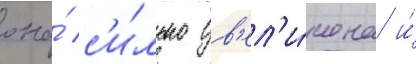
она́ с'и́льно ув'ел'и́чена и́